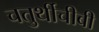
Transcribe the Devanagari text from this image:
चतुर्थीचीबी